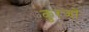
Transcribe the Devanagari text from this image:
कुरजों